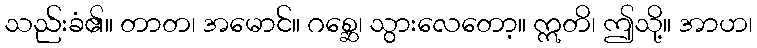
သည်းခံ၏။ တာတ၊ အမောင်။ ဂစ္ဆေ၊ သွားလေတော့။ ဣတိ၊ ဤသို့။ အာဟ၊